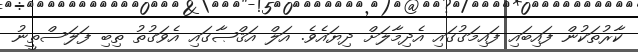
ކާރުތަކުން ފައިބައި ފައިމަގުގައި އެދިމާލަށް ދިޔައެވެ. އަލް އަޤްޞާގައި އެވަގުތު ތިބި ފަލަސްތީނު